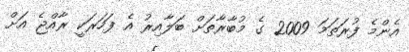
އެންމެ ފުރަތަމަ 2009 ގެ މުބާރާތަށް ބަލާއިރު އެ ފަހަރަކީ ރާއްޖެ އަށް